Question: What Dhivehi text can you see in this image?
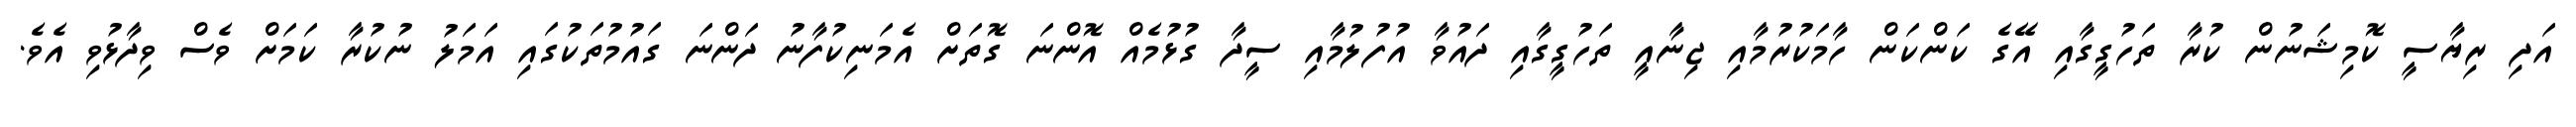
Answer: އަދި ރިޔާސީ ކޮމިޝަނުން ކުރާ ތަހުގީގާއި އޭގެ ކަންކަން ހާމަކުރުމާއި ޖިނާއީ ތަހުގީގާއި ދައުވާ އުފުލުމާއި ސީދާ ގުޅުމެއް އޮންނަ ގޮތަށް އެމަނިކުފާނު ދަންނަ ގައުމުތަކުގައި އަމަލު ނުކުރާ ކަމަށް ވެސް ވިދާޅުވި އެވެ.